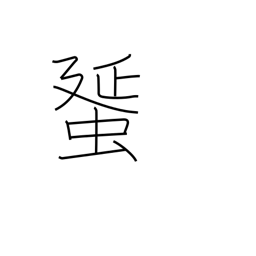
Meaning: egg